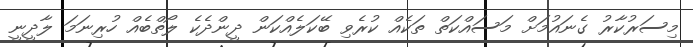
މިސަރުކާރު ގެނައުމަށް މަސައްކަތް ތަކެއް ކުރެވި ބޭކަލެއްކަން ދީންދެކެ ލޯތްބެއް ހުރިނަމަ ލާދީނީ